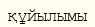
құйылымы